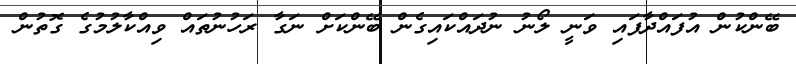
ބޭންކުން އުފައްދާފައި ވަނީ ލޯނު ނުދައްކައިގެން ބޭންކަށް ނަގާ ރަހުނުތައް ވިއްކާލުމުގެ ގޮތުން